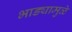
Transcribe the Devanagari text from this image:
भाड्यामुळे